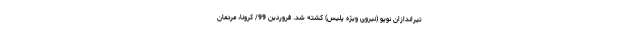
تیراندازان نوپو (نیروی ویژه پلیس) کشته شد. فروردین 99/ کرونا، مردمان